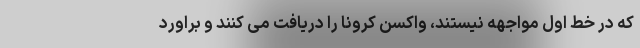
که در خط اول مواجهه نیستند، واکسن کرونا را دریافت می کنند و براورد